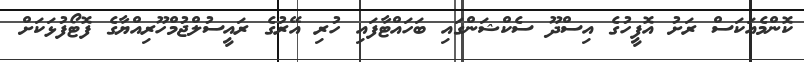
ކޮންމެއަކަސް ރަށު އޮފީހުގެ އިސްދޫ ސެކްޝަންގައި ބަހައްޓާފައި ހުރި އޭރުގެ ރައީސުލްޖުމްހޫރިއްޔާގެ ފޮޓޯފުޅަކަށް